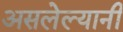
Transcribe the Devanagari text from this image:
असलेल्यानी